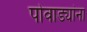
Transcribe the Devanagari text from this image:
पोवाड्यांना